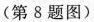
(第8题图)